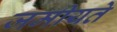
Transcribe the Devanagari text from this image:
जमीयते